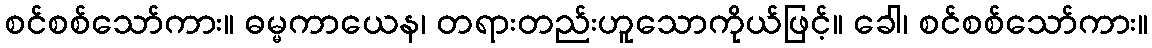
စင်စစ်သော်ကား။ ဓမ္မကာယေန၊ တရားတည်းဟူသောကိုယ်ဖြင့်။ ခေါ၊ စင်စစ်သော်ကား။